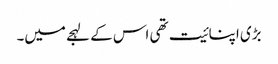
بڑی اپنائیت تھی اس کے لہجے میں۔